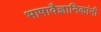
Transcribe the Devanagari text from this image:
भाषावैज्ञानिकांनी